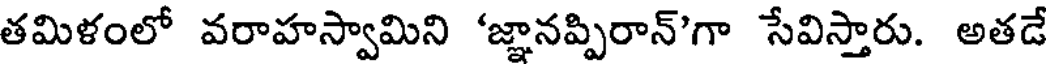
తమిళంలో వరాహస్వామిని 'జ్ఞానప్పిరాన్'గా సేవిస్తారు. అతడే